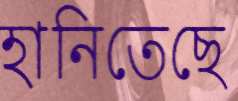
হানিতেছে